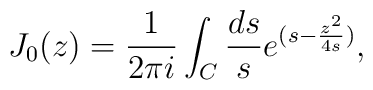
J_0(z) = \frac{1}{2\pi i} \int_C {ds \over s} e^{(s - {z^2 \over 4s})} ,